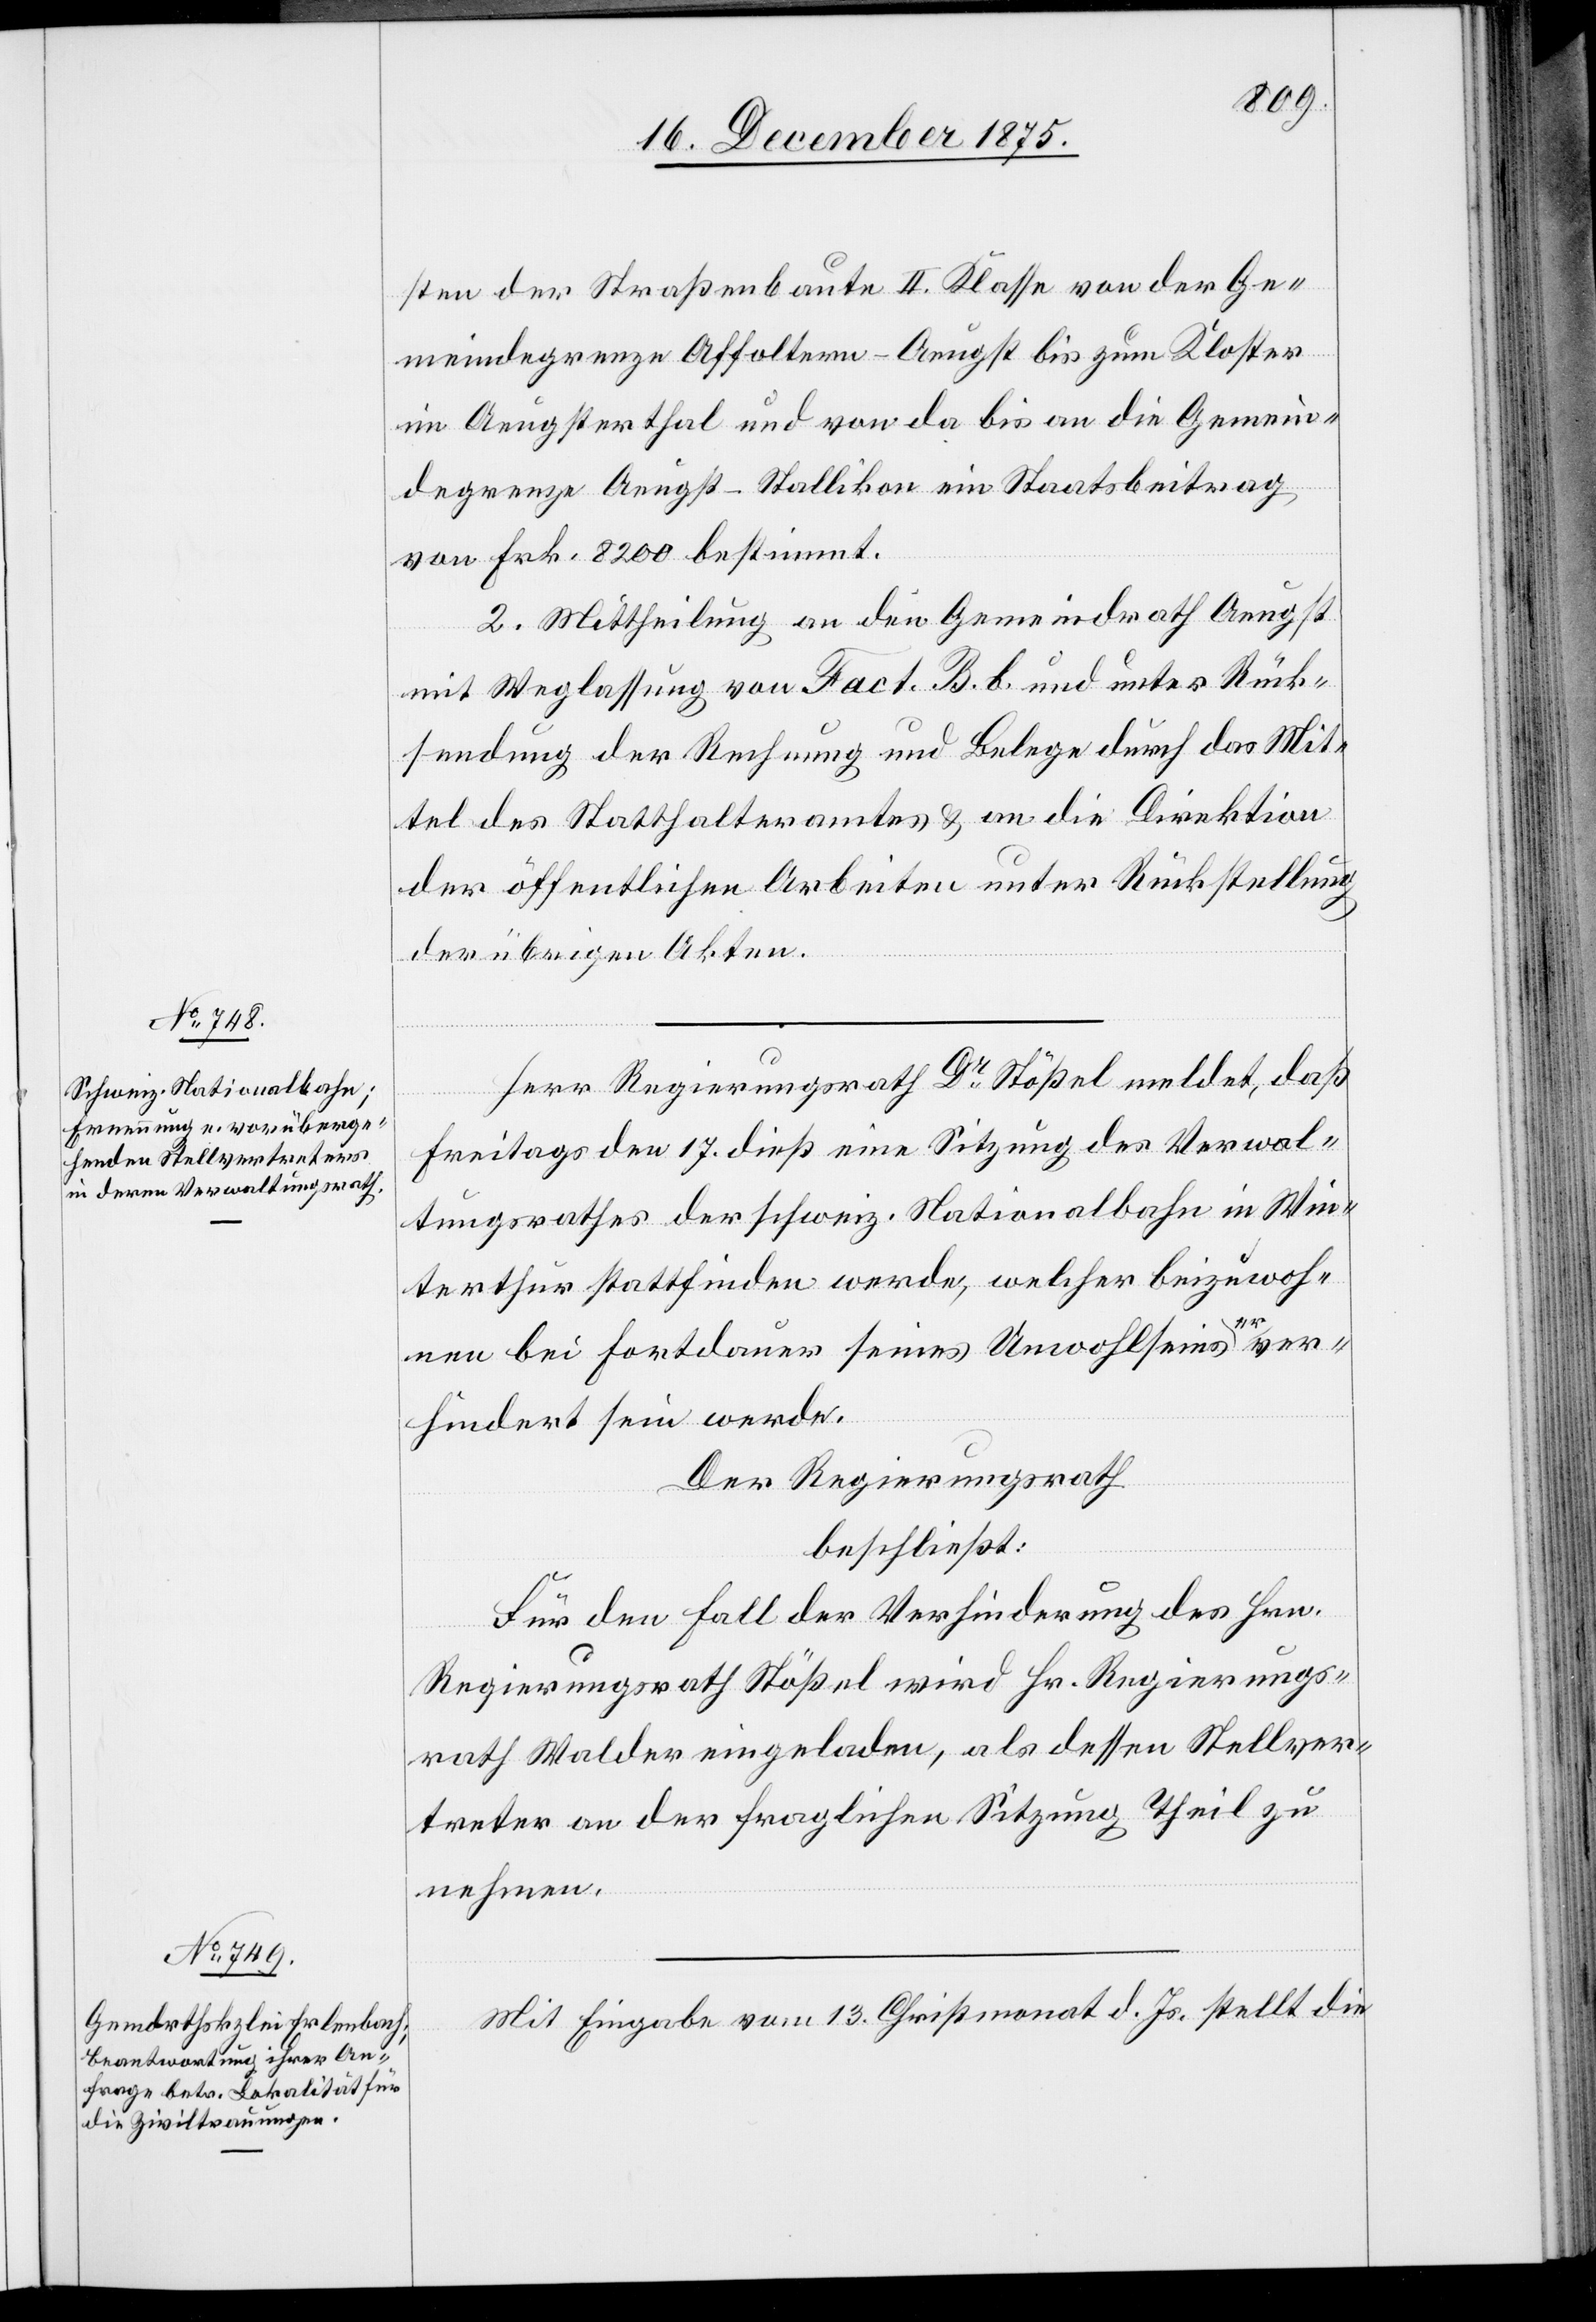
sten der Straßenbaute II. Klasse von der Ge¬
meindegrenze Affoltern-Aeugst bis zum Kloster
im Aeugsterthal und von da bis an die Gemein¬
degrenze Aeugst-Stallikon ein Staatsbeitrag
von Frk. 8200 bestimmt.
2. Mittheilung an den Gemeindrath Aeugst
mit Weglassung von Fact. B. b. und unter Rück¬
sendung der Rechnung und Belege durch das Mit¬
tel des Statthalteramtes & an die Direktion
der öffentlichen Arbeiten unter Rückstellung
der übrigen Akten.
Herr Regierungsrath Dr Stößel meldet, daß
Freitags den 17. dieß eine Sitzung des Verwal¬
tungsrathes der schweiz. Nationalbahn in Win¬
terthur stattfinden werde, welcher beizuwoh¬
nen bei Fortdauer seines Unwohlseins er ver¬
hindert sein werde.
Der Regierungsrath,
beschließt:
Für den Fall der Verhinderung des Hrn.
Regierungsrath Stößel wird Hr. Regierungs¬
rath Walder eingeladen, als dessen Stellver¬
treter an der fraglichen Sitzung Theil zu
nehmen.
Mit Eingabe vom 13. Christmonat d. Js. stellt die